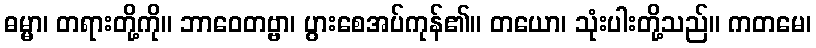
ဓမ္မာ၊ တရားတို့ကို။ ဘာဝေတဗ္ဗာ၊ ပွားစေအပ်ကုန်၏။ တယော၊ သုံးပါးတို့သည်။ ကတမေ၊